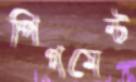
পিগমেন্ট